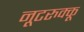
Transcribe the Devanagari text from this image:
नूटरुक्कू